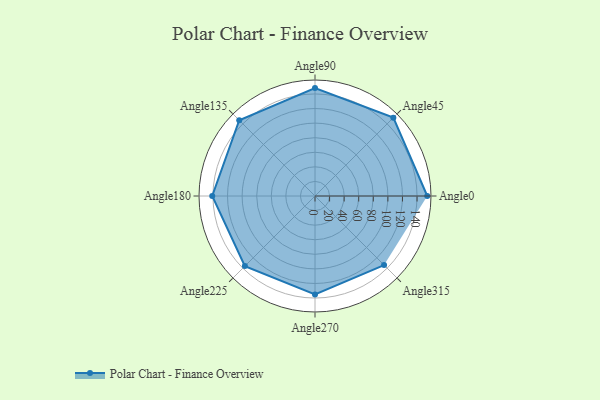
{"axis": {"x": "Angle", "y": "Radius"}, "legend": [""], "data": [{"x": "Angle0", "y": 154.0, "type": ""}, {"x": "Angle45", "y": 152.0, "type": ""}, {"x": "Angle90", "y": 148.0, "type": ""}, {"x": "Angle135", "y": 147.0, "type": ""}, {"x": "Angle180", "y": 141.0, "type": ""}, {"x": "Angle225", "y": 136.0, "type": ""}, {"x": "Angle270", "y": 135.0, "type": ""}, {"x": "Angle315", "y": 134.0, "type": ""}]}